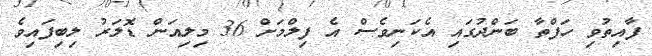
ފާއިތުވި ހަފްތާ ބަންދުގައި އެކަނިވެސް އެ ފިލްމަށް 36 މިލިއަން ޑޮލަރު ލިބިފައިވެ